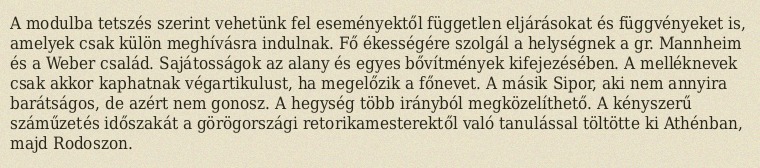
A modulba tetszés szerint vehetünk fel eseményektől független eljárásokat és függvényeket is, amelyek csak külön meghívásra indulnak. Fő ékességére szolgál a helységnek a gr. Mannheim és a Weber család. Sajátosságok az alany és egyes bővítmények kifejezésében. A melléknevek csak akkor kaphatnak végartikulust, ha megelőzik a főnevet. A másik Sipor, aki nem annyira barátságos, de azért nem gonosz. A hegység több irányból megközelíthető. A kényszerű száműzetés időszakát a görögországi retorikamesterektől való tanulással töltötte ki Athénban, majd Rodoszon.